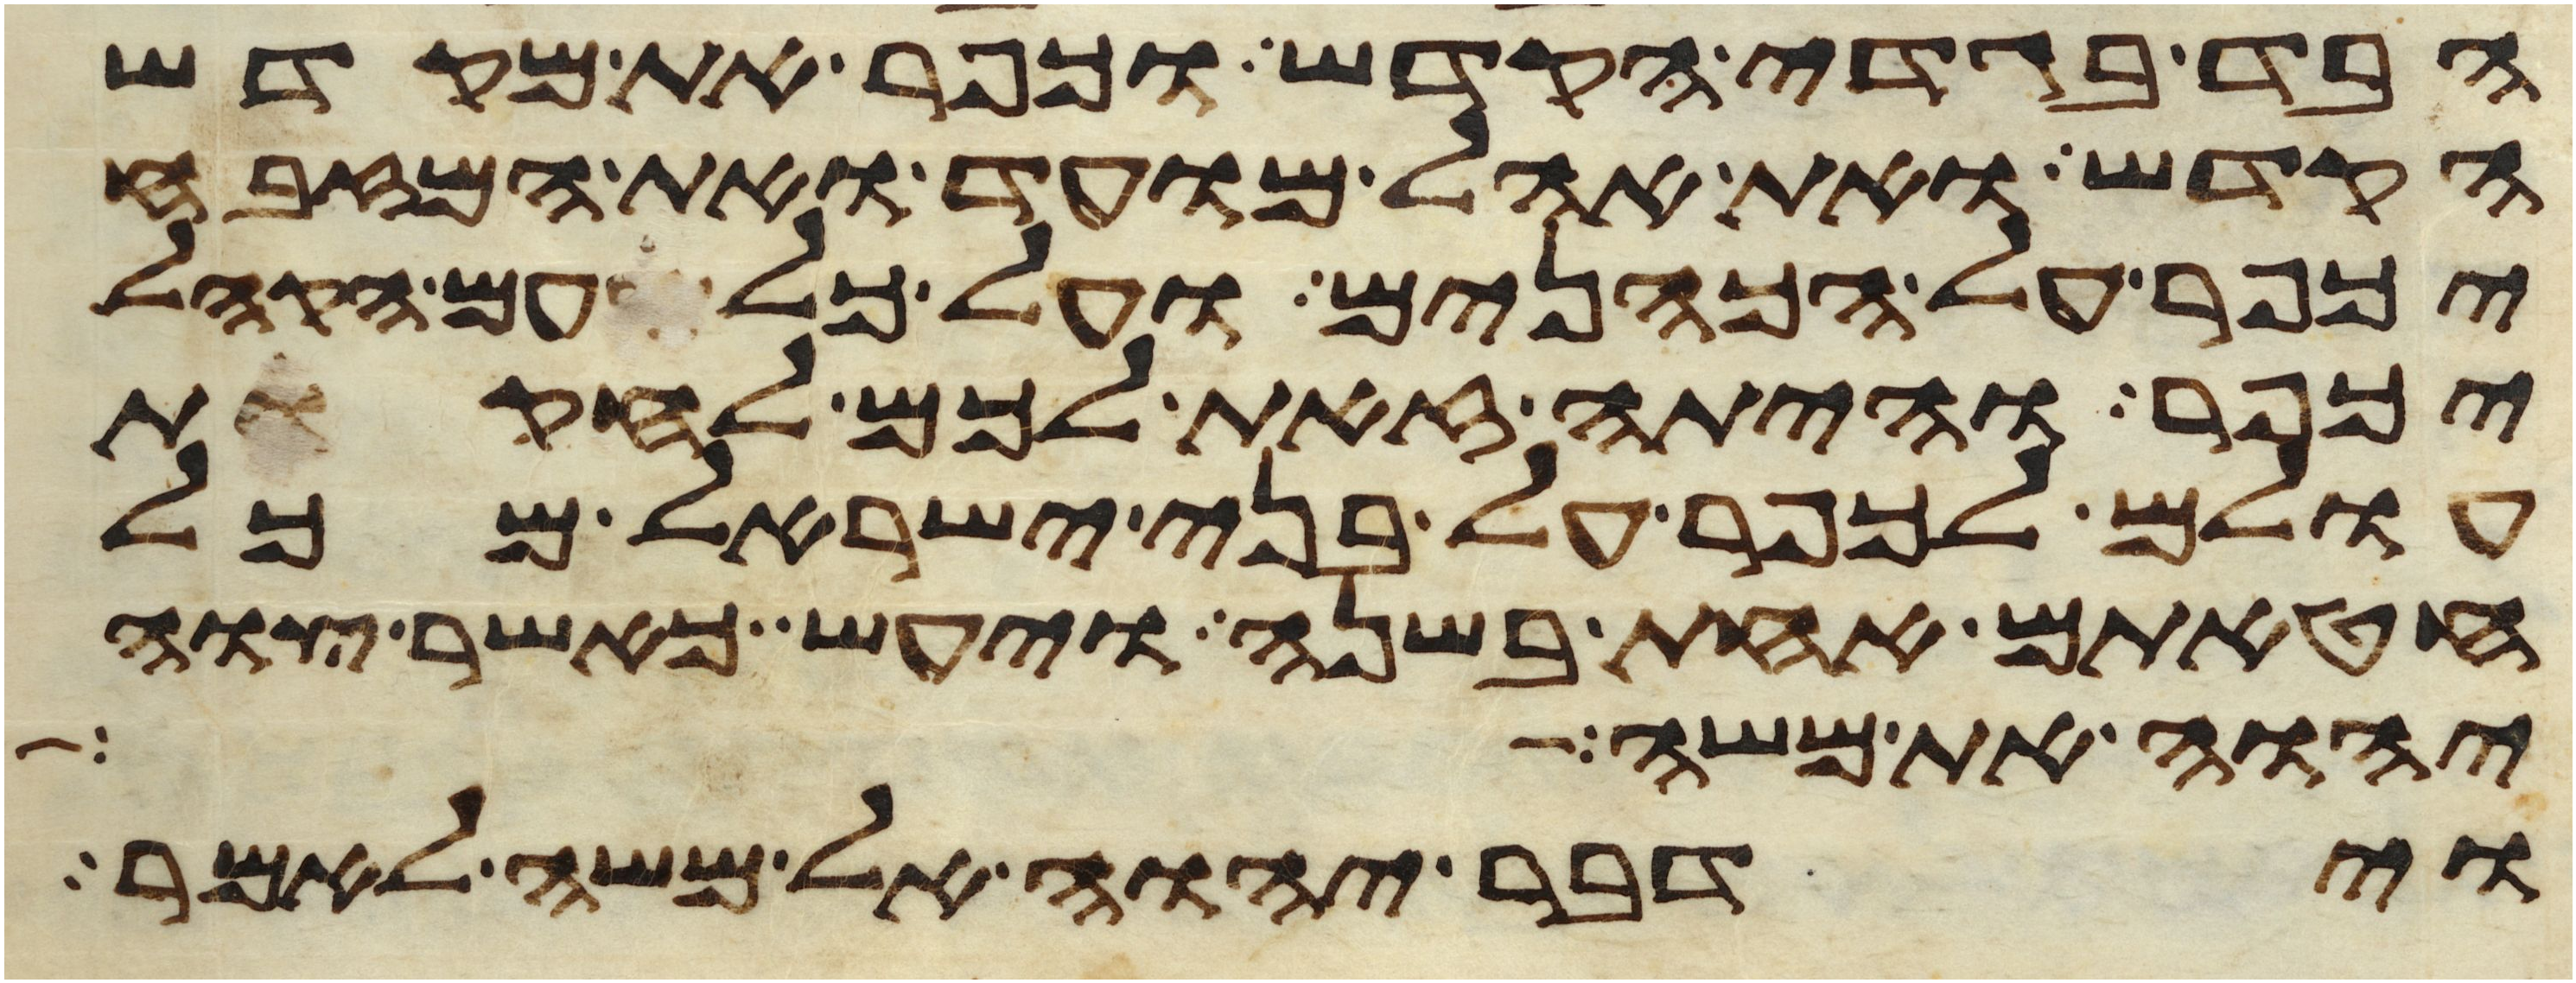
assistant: הבד בגדי הקדש וכפר את מקדש
הקדש ואת אהל מועד ואת המזבח
יכפר על הכהנים ועל כל עם הקהל
יכפר והיתה זאת לכם לחקות
עולם לכפר על בני ישראל מכל
חטאתם אחת בשנה ויעש כאשר צוה
יהוה את משה
וידבר יהוה אל משה לאמר